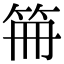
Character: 笧